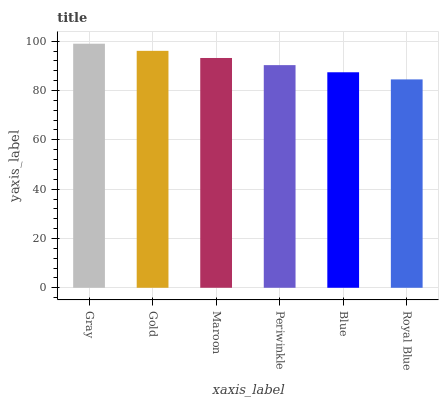
| xaxis_label | bars |
 | --- | --- |
 | Gray | 99 |
 | Gold | 96.1 |
 | Maroon | 93.2 |
 | Periwinkle | 90.3 |
 | Blue | 87.4 |
 | Royal Blue | 84.5 |